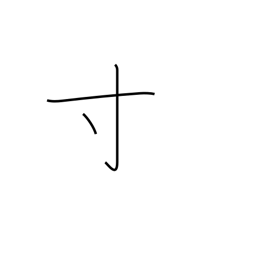
Meaning: a little